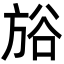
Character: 𣃺